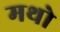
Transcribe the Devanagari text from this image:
मथो